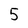
Character: 5